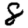
Digit: 8